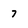
Character: 7